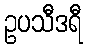
ဥပသီဒရီ